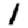
Digit: 1